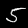
Label: 5